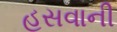
હસવાની